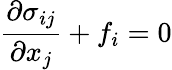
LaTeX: {\frac{\partial\sigma_{ij}}{\partial x_{j}}}+f_{i}=0